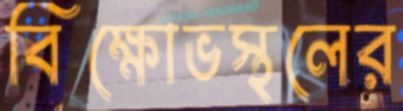
বিক্ষোভস্থলের